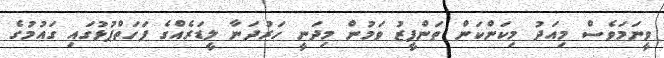
ވީނަމަވެސް މިއަދު މިކަންކަން ތަންފީޒު ވަމުން މިދަނީ ހަރުދަނާ ލީޑަރެއްގެ ފަހަތްޕުޅުގައި ގައުމުގެ